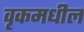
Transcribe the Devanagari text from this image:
वृकमधील